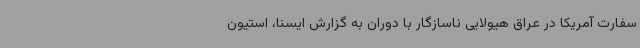
سفارت آمریکا در عراق هیولایی ناسازگار با دوران به گزارش ایسنا، استیون